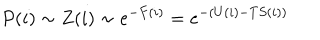
P ( i ) \sim Z ( i ) \sim e ^ { - F ( i ) } = e ^ { - ( U ( i ) - T S ( i ) ) }